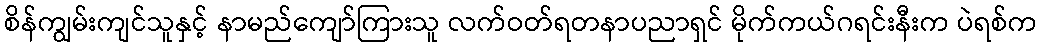
စိန်ကျွမ်းကျင်သူနှင့် နာမည်ကျော်ကြားသူ လက်ဝတ်ရတနာပညာရှင် မိုက်ကယ်ဂရင်းနီးက ပဲရစ်က